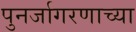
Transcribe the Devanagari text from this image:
पुनर्जागरणाच्या